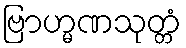
ဗြာဟ္မဏသုတ္တံ